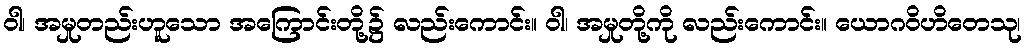
ဝါ၊ အမှုတည်းဟူသော အကြောင်းတို့၌ လည်းကောင်း။ ဝါ၊ အမှုတို့ကို လည်းကောင်း။ ယောဂဝိဟိတေသု၊